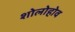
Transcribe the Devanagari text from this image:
शोलोहोव